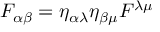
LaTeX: F _ { \alpha \beta } = \eta _ { \alpha \lambda } \eta _ { \beta \mu } F ^ { \lambda \mu }